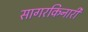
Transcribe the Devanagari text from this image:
सागरकिनारी